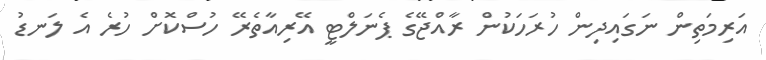
އަރިމަތިން ނަގައިދިން ހުރަހަކުން ރާއްޖޭގެ ޕެނަލްޓީ އޭރިއާތެރޭ ހުސްކޮށް ހުރެ އެ ލަނޑު